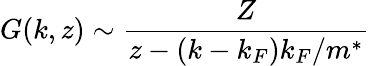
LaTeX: G(k,z)\sim\frac{Z}{z-(k-k_{F})k_{F}/m^{*}}